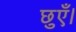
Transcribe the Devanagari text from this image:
छुएँ।